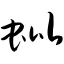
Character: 蚍